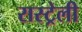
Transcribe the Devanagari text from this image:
रास्ट्रेली